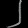
Digit: ၂